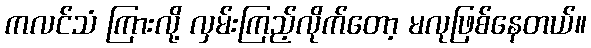
ကလင်သံ ကြားလို့ လှမ်းကြည့်လိုက်တော့ မလုဖြစ်နေတယ်။